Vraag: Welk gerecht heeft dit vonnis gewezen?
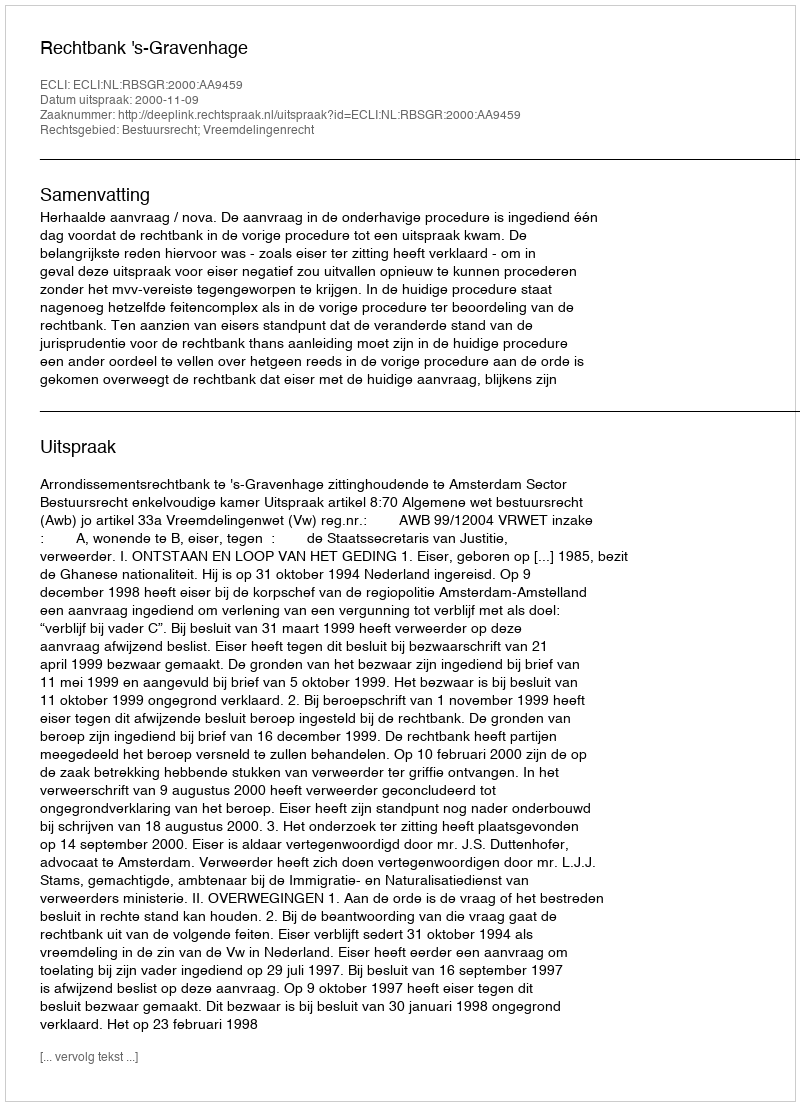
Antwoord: Rechtbank 's-Gravenhage